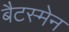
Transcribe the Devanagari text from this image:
बैटस्मेन